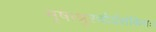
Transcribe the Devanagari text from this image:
मृषाश्रुश्चौर्यशंकितः।